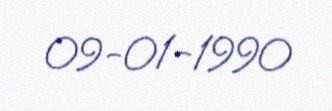
09-01-1990